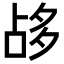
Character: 𡖡